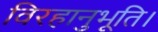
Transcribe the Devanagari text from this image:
विरहानुभूति।